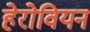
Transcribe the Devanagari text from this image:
हेरोवियन